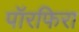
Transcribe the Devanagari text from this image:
पॉरफिरा